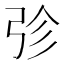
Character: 𭚫